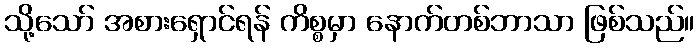
သို့သော် အစားရှောင်ရန် ကိစ္စမှာ နောက်တစ်ဘာသာ ဖြစ်သည်။